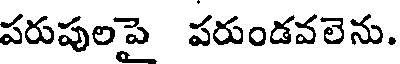
పరుపులపై పరుండవలెను.